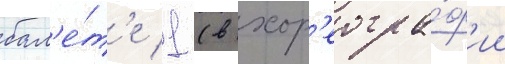
бал'е́т'е 1 (в хор'еогра́ф'ии